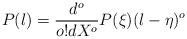
LaTeX: \begin{align*}P(\l)=\frac{d^o}{o!dX^o} P(\xi)(\l-\eta)^o\end{align*}